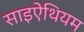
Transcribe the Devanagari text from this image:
साइऐथियम